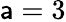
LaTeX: \mathsf{a}=3